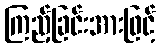
ကြည့်ခြင်းအားဖြင့်